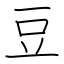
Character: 豆